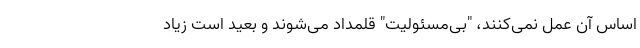
اساس آن عمل نمی‌کنند، "بی‌مسئولیت" قلمداد می‌شوند و بعید است زیاد